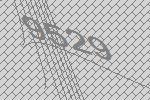
9529